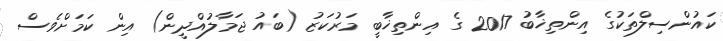
ކައުންސިލްތަކުގެ އިންތިޚާބު 2017 ގެ އިންތިޚާބީ މަރުކަޒު (ބައު ޖަމާލުއްދީން) އިން ކަމަށްވެސް